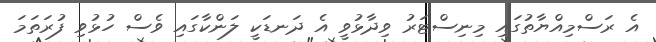
އެ ރަސްމިއްޔާތުގައި މިނިސްޓަރު ވިދާޅުވީ އެ ދަނޑަކީ ލަންކާގައި ވެސް ހުޅުވި ފުރަތަމަ